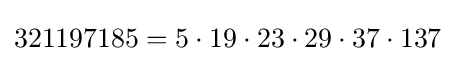
321197185=5\cdot 19\cdot 23\cdot 29\cdot 37\cdot 137